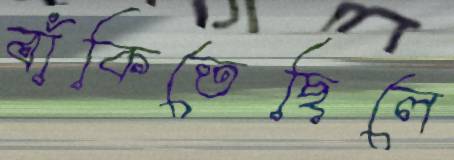
বাঁকিতেছিলে